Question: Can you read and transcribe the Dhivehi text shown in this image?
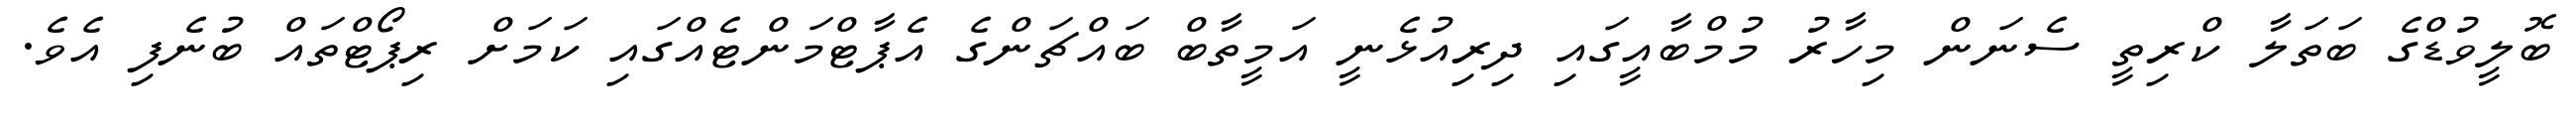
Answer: ބޮލީވުޑްގެ ބަތަލާ ކްރިތީ ސެނަން މިހާރު މުމްބާއީގައި ދިރިއުޅެނީ އަމީތާބް ބައްޗަންގެ އެޕާޓްމަންޓެއްގައި ކަމަށް ރިޕޯޓްތައް ބުނެފި އެވެ.